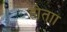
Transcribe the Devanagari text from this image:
होताा